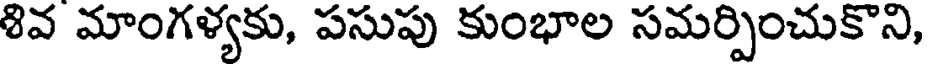
శివ మాంగళ్యకు, పసుపు కుంభాల సమర్పించుకొని,